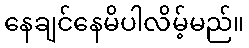
နေချင်နေမိပါလိမ့်မည်။